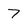
Character: 7